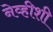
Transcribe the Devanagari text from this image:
नेव्हीशी